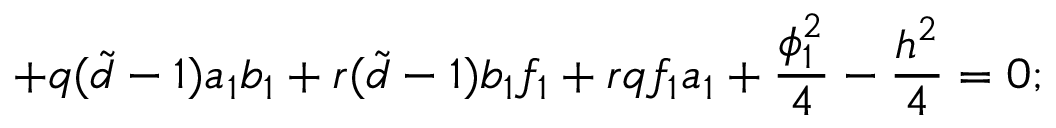
+ q ( { \tilde { d } } - 1 ) a _ { 1 } b _ { 1 } + r ( { \tilde { d } } - 1 ) b _ { 1 } f _ { 1 } + r q f _ { 1 } a _ { 1 } + \frac { \phi _ { 1 } ^ { 2 } } { 4 } - \frac { h ^ { 2 } } { 4 } = 0 ;